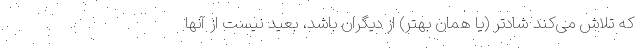
که تلاش می‌کند شادتر (یا همان بهتر) از دیگران باشد، بعید نیست از آنها